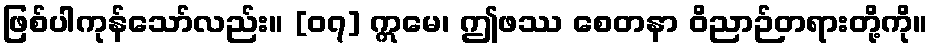
ဖြစ်ပါကုန်သော်လည်း။ [၀၇] ဣမေ၊ ဤဖဿ စေတနာ ဝိညာဉ်တရားတို့ကို။